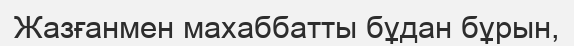
Жазғанмен махаббатты бұдан бұрын,